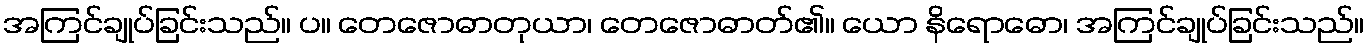
အကြင်ချုပ်ခြင်းသည်။ ပ။ တေဇောဓာတုယာ၊ တေဇောဓာတ်၏။ ယော နိရောဓော၊ အကြင်ချုပ်ခြင်းသည်။